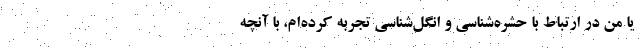
یا من در ارتباط با حشره‌شناسی و انگل‌شناسی تجربه کرده‌ام، با آنچه